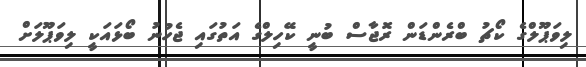
ލިވަޕޫލްގެ ކޯޗު ބްރެންޑަން ރޮޖާސް ބުނީ ކޭހިލްގެ އަތުގައި ޖެހުނު ބޯޅައަކީ ލިވަޕޫލަށް